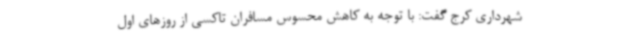
شهرداری کرج گفت: با توجه به کاهش محسوس مسافران تاکسی از روزهای اول